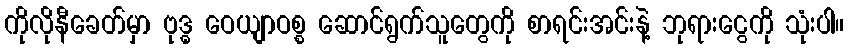
ကိုလိုနီခေတ်မှာ ဗုဒ္ဓ ဝေယျာဝစ္စ ဆောင်ရွက်သူတွေကို စာရင်းအင်းနဲ့ ဘုရားငွေကို သုံးပါ။